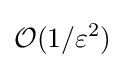
{\mathcal {O}}(1/\varepsilon ^{2})